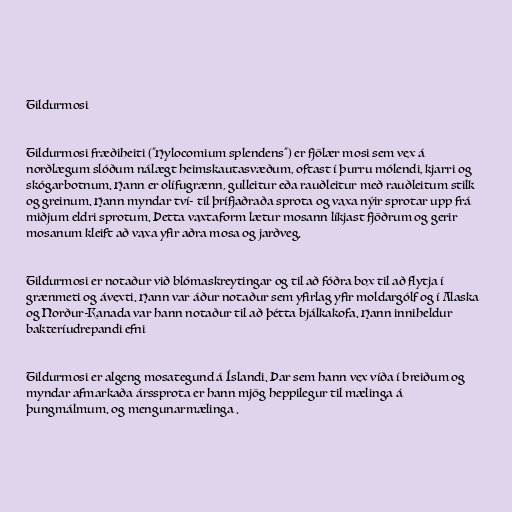
Tildurmosi

Tildurmosi fræðiheiti ("Hylocomium splendens") er fjölær mosi sem vex á
norðlægum slóðum nálægt heimskautasvæðum, oftast í þurru mólendi, kjarri og
skógarbotnum. Hann er olífugrænn, gulleitur eða rauðleitur með rauðleitum stilk
og greinum. Hann myndar tví- til þrífjaðraða sprota og vaxa nýir sprotar upp frá
miðjum eldri sprotum. Þetta vaxtaform lætur mosann líkjast fjöðrum og gerir
mosanum kleift að vaxa yfir aðra mosa og jarðveg.

Tildurmosi er notaður við blómaskreytingar og til að fóðra box til að flytja í
grænmeti og ávexti. Hann var áður notaður sem yfirlag yfir moldargólf og í Alaska
og Norður-Kanada var hann notaður til að þétta bjálkakofa. Hann inniheldur
bakteríudrepandi efni

Tildurmosi er algeng mosategund á Íslandi. Þar sem hann vex víða í breiðum og
myndar afmarkaða árssprota er hann mjög heppilegur til mælinga á
þungmálmum. og mengunarmælinga .